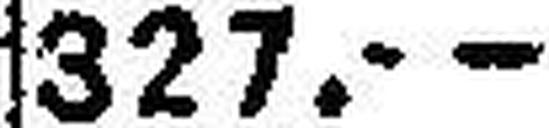
327.—